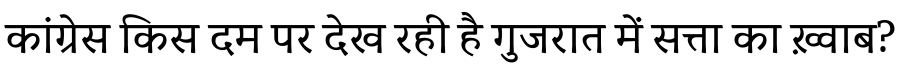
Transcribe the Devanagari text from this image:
कांग्रेस किस दम पर देख रही है गुजरात में सत्ता का ख़्वाब?